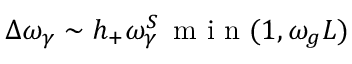
\Delta \omega _ { \gamma } \sim h _ { + } \omega _ { \gamma } ^ { S } \, \mathrm { ~ m ~ i ~ n ~ } ( 1 , \omega _ { g } L )